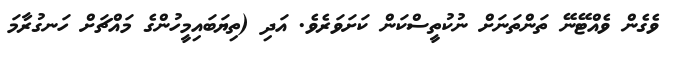
ވެގެން ވެއްޓޭނޭ ތަންތަނަށް ނުކުތީސްކަން ކަށަވަރެވެ. އަދި (ތިޔަބައިމީހުންގެ މައްޗަށް ހަނގުރާމަ